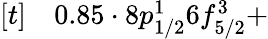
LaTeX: \begin{array}{rl}{[t]}&{{}0.85\cdot 8p_{1/2}^{1}6f_{5/2}^{3}+}\end{array}